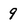
Character: 9